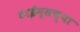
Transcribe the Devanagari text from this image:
टाईम्सच्या